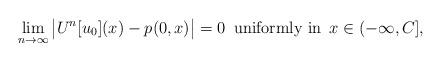
LaTeX: \begin{align*}\lim_{n\to\infty} \big|U^n[u_0](x)-p(0,x)\big|=0\,\hbox{ uniformly in }\,x\in (-\infty, C],\end{align*}